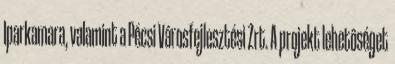
Iparkamara, valamint a Pécsi Városfejlesztési Zrt. A projekt lehetôséget